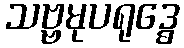
သဗ္ဗမုပရုဒ္ဓေ